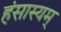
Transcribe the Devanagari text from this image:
हंसास्यम्